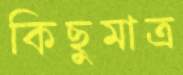
কিছুমাত্র